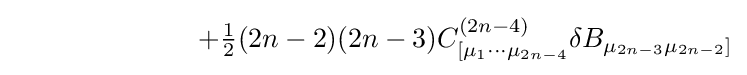
\ \ \ \ \ \ \ \ \ \ \ \ \ \ \ \ \ \ \ \ +{\tfrac {1}{2}}(2n-2)(2n-3)C_{[\mu _{1}\cdots \mu _{2n-4}}^{(2n-4)}\delta B_{\mu _{2n-3}\mu _{2n-2}]}